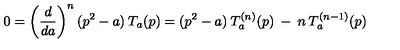
0 = \left( \frac { d } { d a } \right) ^ { n } ( p ^ { 2 } - a ) \: T _ { a } ( p ) = ( p ^ { 2 } - a ) \: T _ { a } ^ { ( n ) } ( p ) \: - \: n \: T _ { a } ^ { ( n - 1 ) } ( p )